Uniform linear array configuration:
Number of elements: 24
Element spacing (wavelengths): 0.75
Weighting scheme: hann
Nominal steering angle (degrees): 30
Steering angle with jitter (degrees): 29.803
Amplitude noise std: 0.05
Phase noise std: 0.05

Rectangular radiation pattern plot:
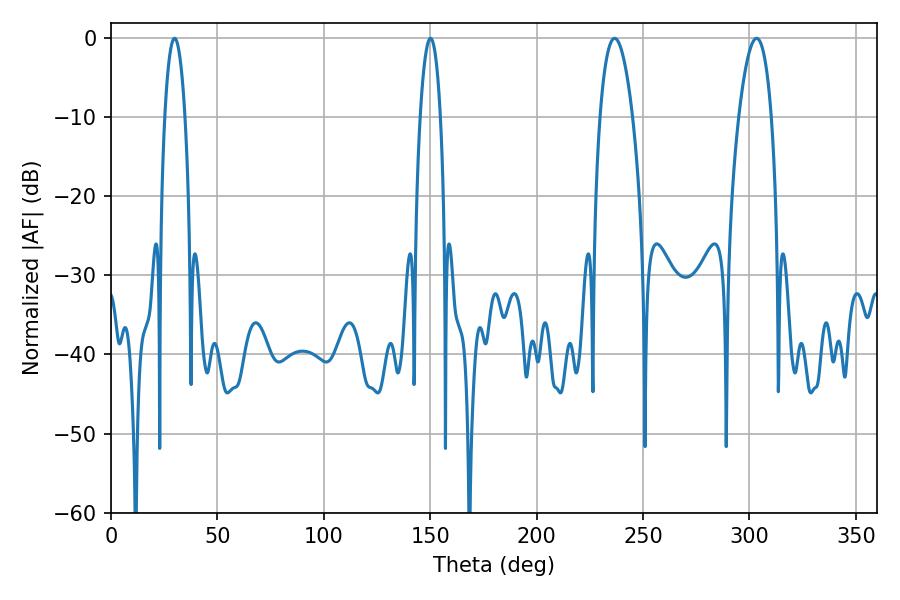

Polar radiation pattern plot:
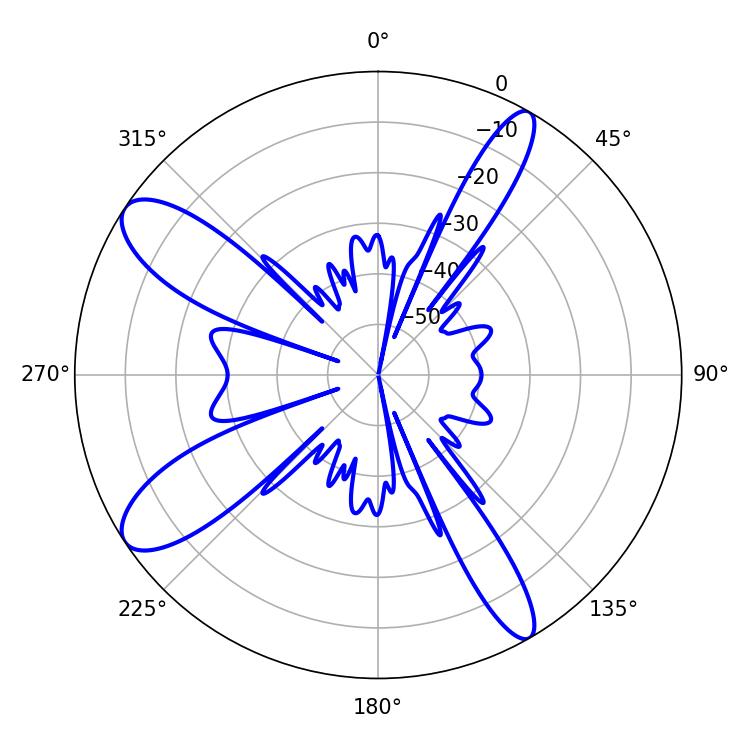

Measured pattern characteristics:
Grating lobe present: TRUE
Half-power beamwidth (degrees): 5.4
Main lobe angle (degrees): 29.88